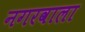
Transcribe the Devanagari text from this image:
नगरवाला